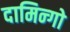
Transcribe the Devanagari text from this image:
दामिन्गो